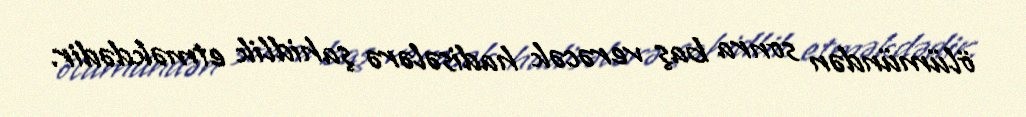
ölümündən sonra baş verəcək hadisələrə şahidlik etməkdədir.